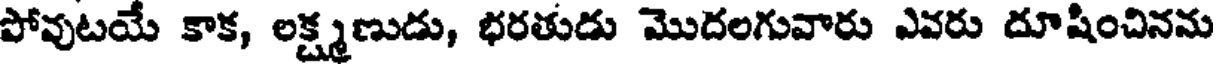
పోవుటయే కాక, లక్ష్మణుడు, భరతుడు మొదలగువారు ఎవరు దూషించినను